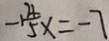
- 1 \frac { 4 } { 5 } x = - 7